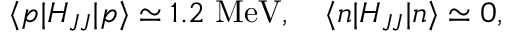
\langle p | H _ { J J } | p \rangle \simeq 1 . 2 \mathrm { ~ M e V } , \quad \langle n | H _ { J J } | n \rangle \simeq 0 ,